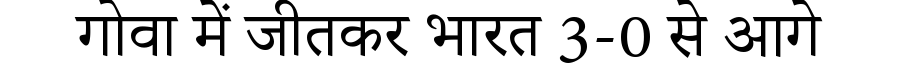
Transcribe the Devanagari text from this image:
गोवा में जीतकर भारत 3-0 से आगे